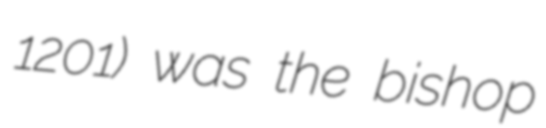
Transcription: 1201) was the bishop